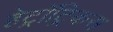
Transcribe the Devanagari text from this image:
हेट्रॉट्रिकस